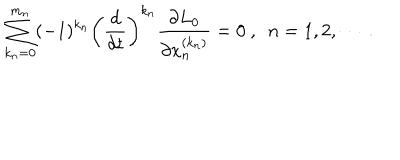
\sum _ { k _ { n } = 0 } ^ { m _ { n } } ( - 1 ) ^ { k _ { n } } \left( \frac { d } { d t } \right) ^ { k _ { n } } \frac { \partial L _ { 0 } } { \partial x _ { n } ^ { ( k _ { n } ) } } = 0 \ , \ \ n = 1 , 2 , \cdots \ .